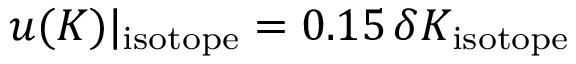
u ( K ) | _ { \mathrm { i s o t o p e } } = 0 . 1 5 \, \delta K _ { \mathrm { i s o t o p e } }